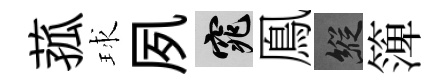
菰球夙窕鳯縱𥱼